Papers set at the Examination for Leaving Certificates, 1891
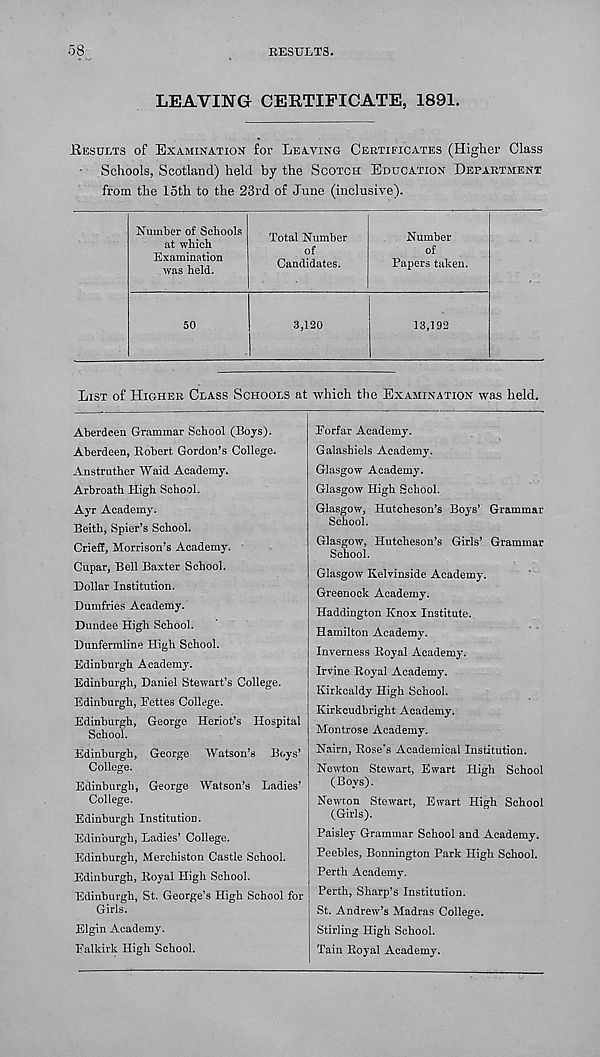
RESULTS.
58
LEAVING CERTIFICATE, 1891.
.Results of Examination for Leaving Certificates (Higher Class
Schools, Scotland) held by the Scotch Education Department
from the loth to the 23rd of June (inclusive).
Number of Schools
at which
Examination
was held.
50
Total Number
of
Candidates.
3,120
Number
of
Papers taken.
13,192
List of Higher Class Schools at which the Examination was held.
Aberdeen Grammar School (Boys).
Aberdeen, Robert Gordon’s College.
Anstruther Waid Academy.
Arbroath High School.
Ayr Academy.
Beith, Spier’s School.
Crieff, Morrison’s Academy.
Cupar, Bell Baxter School.
Dollar Institution.
Dumfries Academy.
Dundee High School.
Dunfermline High School.
Edinburgh Academy.
Edinburgh, Daniel Stewart’s College.
Edinburgh, Pettes College.
Edinburgh, George Heriot’s Hospital
School.
Edinburgh, George Watson’s Boys’
College.
Edinburgh, George Watson’s Ladies’
College.
Edinburgh Institution.
Edinburgh, Ladies’ College.
Edinburgh, Merchiston Castle School.
Edinburgh, Royal High School.
Edinburgh, St. George’s High School for
Girls.
Elgin Academy.
Falkirk High School.
Eorfar Academy.
Galashiels Academy.
Glasgow Academy.
Glasgow High School.
Glasgow, Hutcheson’s Boys’ Grammar
School.
Glasgow, Hutcheson’s Girls’ Grammar
School.
Glasgow Kelvinside Academy.
Greenock Academy.
Haddington Knox Institute.
Hamilton Academy.
Inverness Royal Academy.
Irvine Royal Academy.
Kirkcaldy High School.
Kirkcudbright Academy.
Montrose Academy.
Nairn, Rose’s Academical Institution.
Newton Stewart, Ewart High School
(Boys).
Newton Stewart, Ewart High School
(Girls).
Paisley Grammar School and Academy.
Peebles, Bonnington Park High School.
Perth Academy.
Perth, Sharp’s Institution.
St. Andrew’s Madras College.
Stirling High School.
Tain Royal Academy.